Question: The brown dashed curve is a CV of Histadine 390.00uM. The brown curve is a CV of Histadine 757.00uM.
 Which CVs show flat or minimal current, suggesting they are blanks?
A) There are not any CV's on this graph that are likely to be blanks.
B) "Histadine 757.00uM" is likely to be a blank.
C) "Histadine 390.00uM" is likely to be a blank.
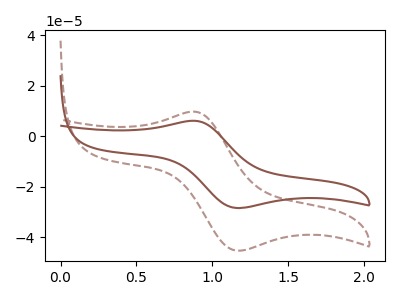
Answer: <think>The brown dashed curve "Histadine 390.00uM" has an anodic peak at (0.90V, 9.70uA) and a cathodic peak at (1.15V, -45.25uA). The brown curve "Histadine 757.00uM" has an anodic peak at (0.90V, 6.10uA) and a cathodic peak at (1.15V, -28.40uA).</think>
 <answer>A) There are not any CV's on this graph that are likely to be blanks.</answer>
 <eval>A</eval>